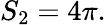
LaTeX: S_{2}=4\pi.